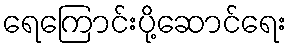
ရေကြောင်းပို့ဆောင်ရေး